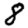
Digit: 8